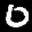
Label: 0